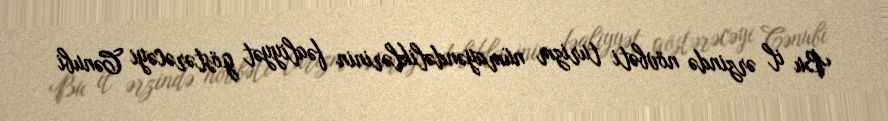
Bu il ərzində növbəti turizm nümayəndəliklərinin fəaliyyət göstərəcəyi Cənubi